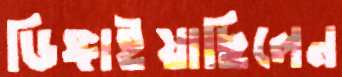
ডিঙ্গাইয়াছিলেন